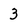
Character: 3